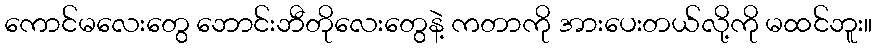
ကောင်မလေးတွေ ဘောင်းဘီတိုလေးတွေနဲ့ ကတာကို အားပေးတယ်လို့ကို မထင်ဘူး။